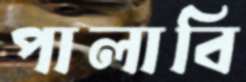
পালাবি